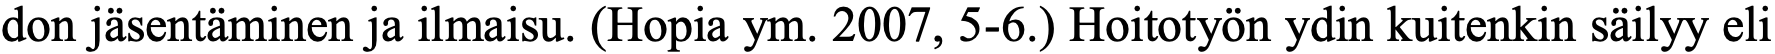
don jäsentäminen ja ilmaisu. (Hopia ym. 2007, 5-6.) Hoitotyön ydin kuitenkin säilyy eli